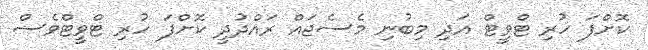
ކޮށްފަ ހުރި ޓްވީޓް އަދި މިބުނި މެސެޖައް ރައްދުދީ ކޮށްފަ ހުރި ޓްވީޓްވެސް